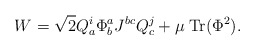
\begin{align*}W = \sqrt{2} Q^{i}_{a} \Phi^{a}_{b} J^{bc} Q^{j}_{c} + \mu \; \mbox{Tr}(\Phi^{2}).\end{align*}